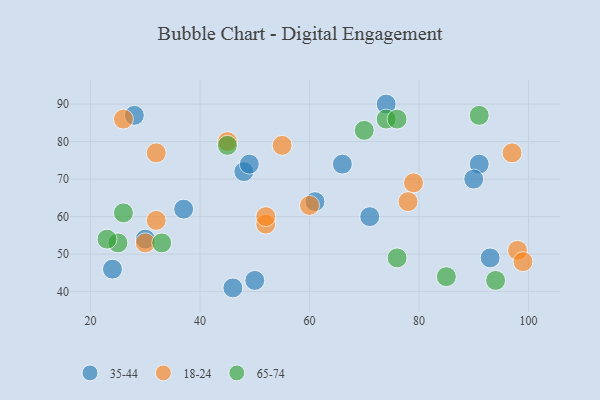
{"axis": {"x": "GDP", "y": "Life Expectancy"}, "legend": ["18-24", "35-44", "65-74"], "data": [{"x": "37", "y": 62, "type": "35-44"}, {"x": "91", "y": 74, "type": "35-44"}, {"x": "28", "y": 87, "type": "35-44"}, {"x": "48", "y": 72, "type": "35-44"}, {"x": "93", "y": 49, "type": "35-44"}, {"x": "46", "y": 41, "type": "35-44"}, {"x": "24", "y": 46, "type": "35-44"}, {"x": "50", "y": 43, "type": "35-44"}, {"x": "71", "y": 60, "type": "35-44"}, {"x": "74", "y": 90, "type": "35-44"}, {"x": "90", "y": 70, "type": "35-44"}, {"x": "49", "y": 74, "type": "35-44"}, {"x": "30", "y": 54, "type": "35-44"}, {"x": "66", "y": 74, "type": "35-44"}, {"x": "61", "y": 64, "type": "35-44"}, {"x": "79", "y": 69, "type": "18-24"}, {"x": "52", "y": 58, "type": "18-24"}, {"x": "78", "y": 64, "type": "18-24"}, {"x": "98", "y": 51, "type": "18-24"}, {"x": "97", "y": 77, "type": "18-24"}, {"x": "55", "y": 79, "type": "18-24"}, {"x": "60", "y": 63, "type": "18-24"}, {"x": "32", "y": 77, "type": "18-24"}, {"x": "45", "y": 80, "type": "18-24"}, {"x": "26", "y": 86, "type": "18-24"}, {"x": "32", "y": 59, "type": "18-24"}, {"x": "52", "y": 60, "type": "18-24"}, {"x": "30", "y": 53, "type": "18-24"}, {"x": "99", "y": 48, "type": "18-24"}, {"x": "94", "y": 43, "type": "65-74"}, {"x": "85", "y": 44, "type": "65-74"}, {"x": "74", "y": 86, "type": "65-74"}, {"x": "25", "y": 53, "type": "65-74"}, {"x": "70", "y": 83, "type": "65-74"}, {"x": "91", "y": 87, "type": "65-74"}, {"x": "76", "y": 86, "type": "65-74"}, {"x": "26", "y": 61, "type": "65-74"}, {"x": "45", "y": 79, "type": "65-74"}, {"x": "23", "y": 54, "type": "65-74"}, {"x": "76", "y": 49, "type": "65-74"}, {"x": "33", "y": 53, "type": "65-74"}]}